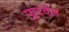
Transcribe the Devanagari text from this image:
फूटवेल